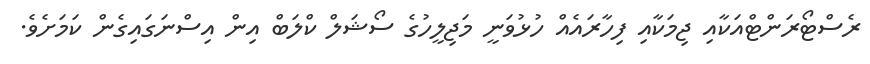
ރެސްޓޯރަންޓްއަކާއި ޖިމަކާއި ފިހާރައެއް ހުޅުވަނީ މަޖިލީހުގެ ސޯޝަލް ކްލަބް އިން އިސްނަގައިގެން ކަމަށެވެ.